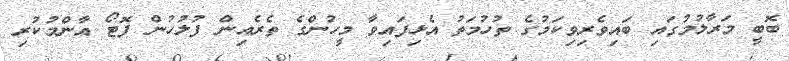
ބޮބީ މަރާލުމުގައި ބައިވެރިވިކަމުގެ ތުހުމަތު އެޅިފައިވާ މީހުންގެ ތެރެއިން ފުލުހުން ފޮޓޯ އާންމުކުރި